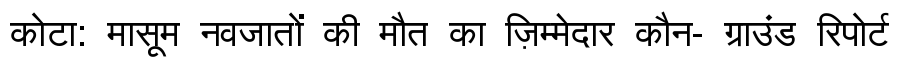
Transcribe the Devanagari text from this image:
कोटा: मासूम नवजातों की मौत का ज़िम्मेदार कौन- ग्राउंड रिपोर्ट